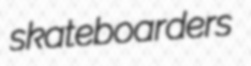
skateboarders